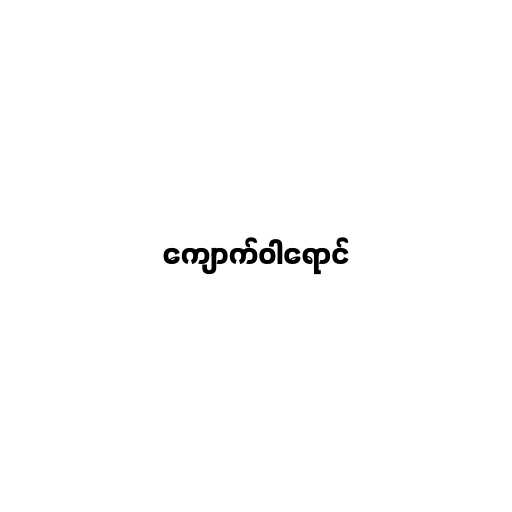
ကျောက်ဝါရောင်